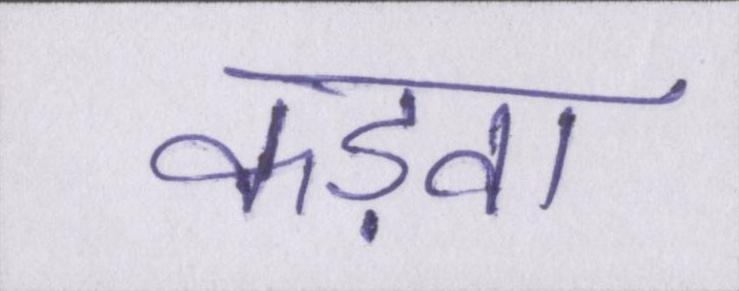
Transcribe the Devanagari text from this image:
कड़वा